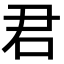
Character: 君